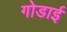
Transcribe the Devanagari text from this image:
गोडाई